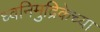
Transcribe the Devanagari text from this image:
ध्वनिमुद्रिकेच्या